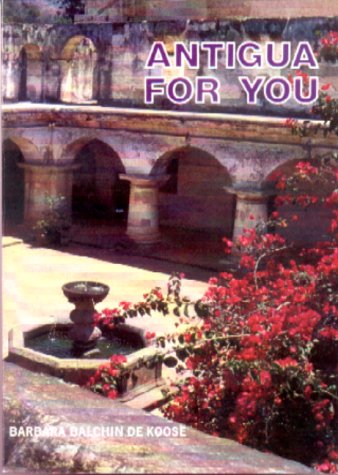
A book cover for Antigua for You; Barbara Balchin De Koose; Travel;